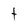
Character: t